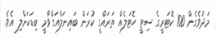
މަދުވެގެން 100 ކޮޓަރީގެ ސިޓީ ހޮޓަލެއް ތަރައްގީ ކުރަން ބައިނަލްއަގްވާމީ ބިޑަކަށްލި އެވެ.